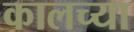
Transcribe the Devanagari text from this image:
कालच्या